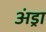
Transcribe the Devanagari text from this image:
अंड्रा